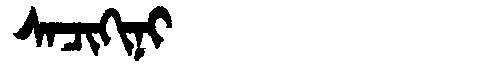
Manchu: ᠰᠠᠴᡳᡴᡳᠨᡳ
Romanization: SACIKINI